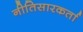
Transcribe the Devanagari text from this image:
नीतिसारकर्ता